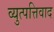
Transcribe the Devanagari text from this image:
व्युत्पत्तिवाद